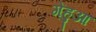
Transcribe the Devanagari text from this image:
गेंहुआ